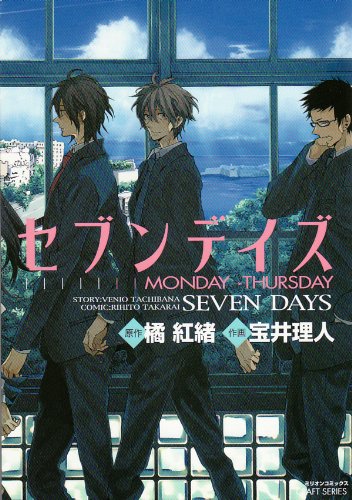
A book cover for Seven Days: Monday - Thursday (Yaoi) (Yaoi Manga); Rihito Takarai; Comics & Graphic Novels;